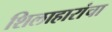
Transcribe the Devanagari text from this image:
शिलाहारांचा